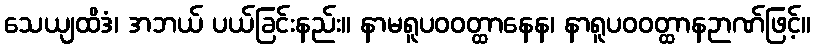
သေယျထိဒံ၊ အဘယ် ပယ်ခြင်းနည်း။ နာမရူပဝဝတ္ထာနေန၊ နာရူပဝဝတ္ထာနဉာဏ်ဖြင့်။